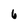
Character: 6